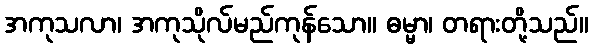
အကုသလာ၊ အကုသိုလ်မည်ကုန်သော။ ဓမ္မာ၊ တရားတို့သည်။